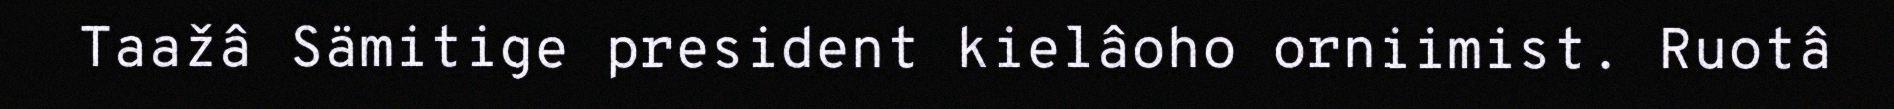
Taažâ Sämitige president kielâoho orniimist. Ruotâ